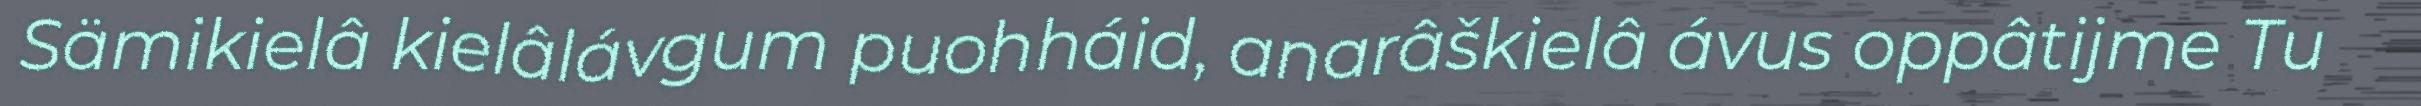
Sämikielâ kielâlávgum puohháid, anarâškielâ ávus oppâtijme Tu